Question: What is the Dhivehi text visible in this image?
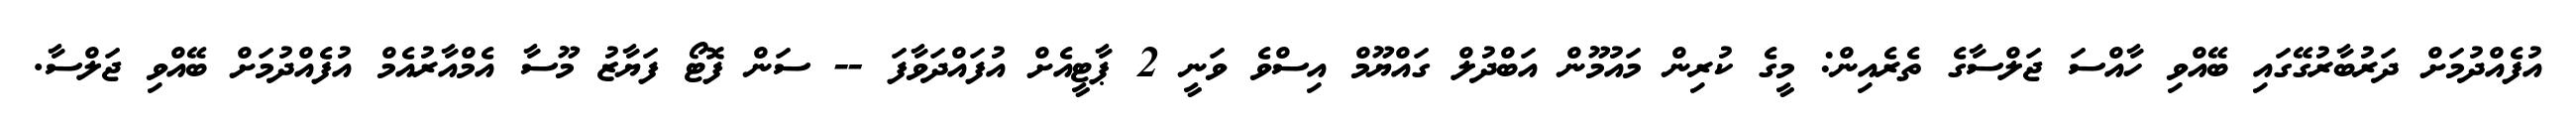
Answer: އުފެއްދުމަށް ދަރުބާރުގޭގައި ބޭއްވި ހާއްސަ ޖަލްސާގެ ތެރެއިން: މީގެ ކުރިން މައުމޫން އަބްދުލް ގައްޔޫމް އިސްވެ ވަނީ 2 ޕާޓީއެށް އުފައްދަވާފަ -- ސަން ފޮޓޯ ފަޔާޒު މޫސާ އެމްއާރުއެމް އުފެއްދުމަށް ބޭއްވި ޖަލްސާ.